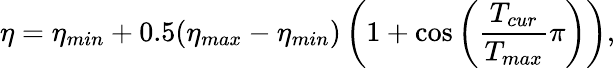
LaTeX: \eta=\eta_{min}+0.5(\eta_{max}-\eta_{min})\left(1+\cos\left(\frac{T_{cur}}{T_{max}}\pi\right)\right),